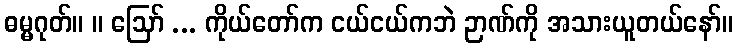
ဓမ္မဂုတ်။ ။ ဩော် ... ကိုယ်တော်က ငယ်ငယ်ကဘဲ ဉာဏ်ကို အသားယူတယ်နော်။